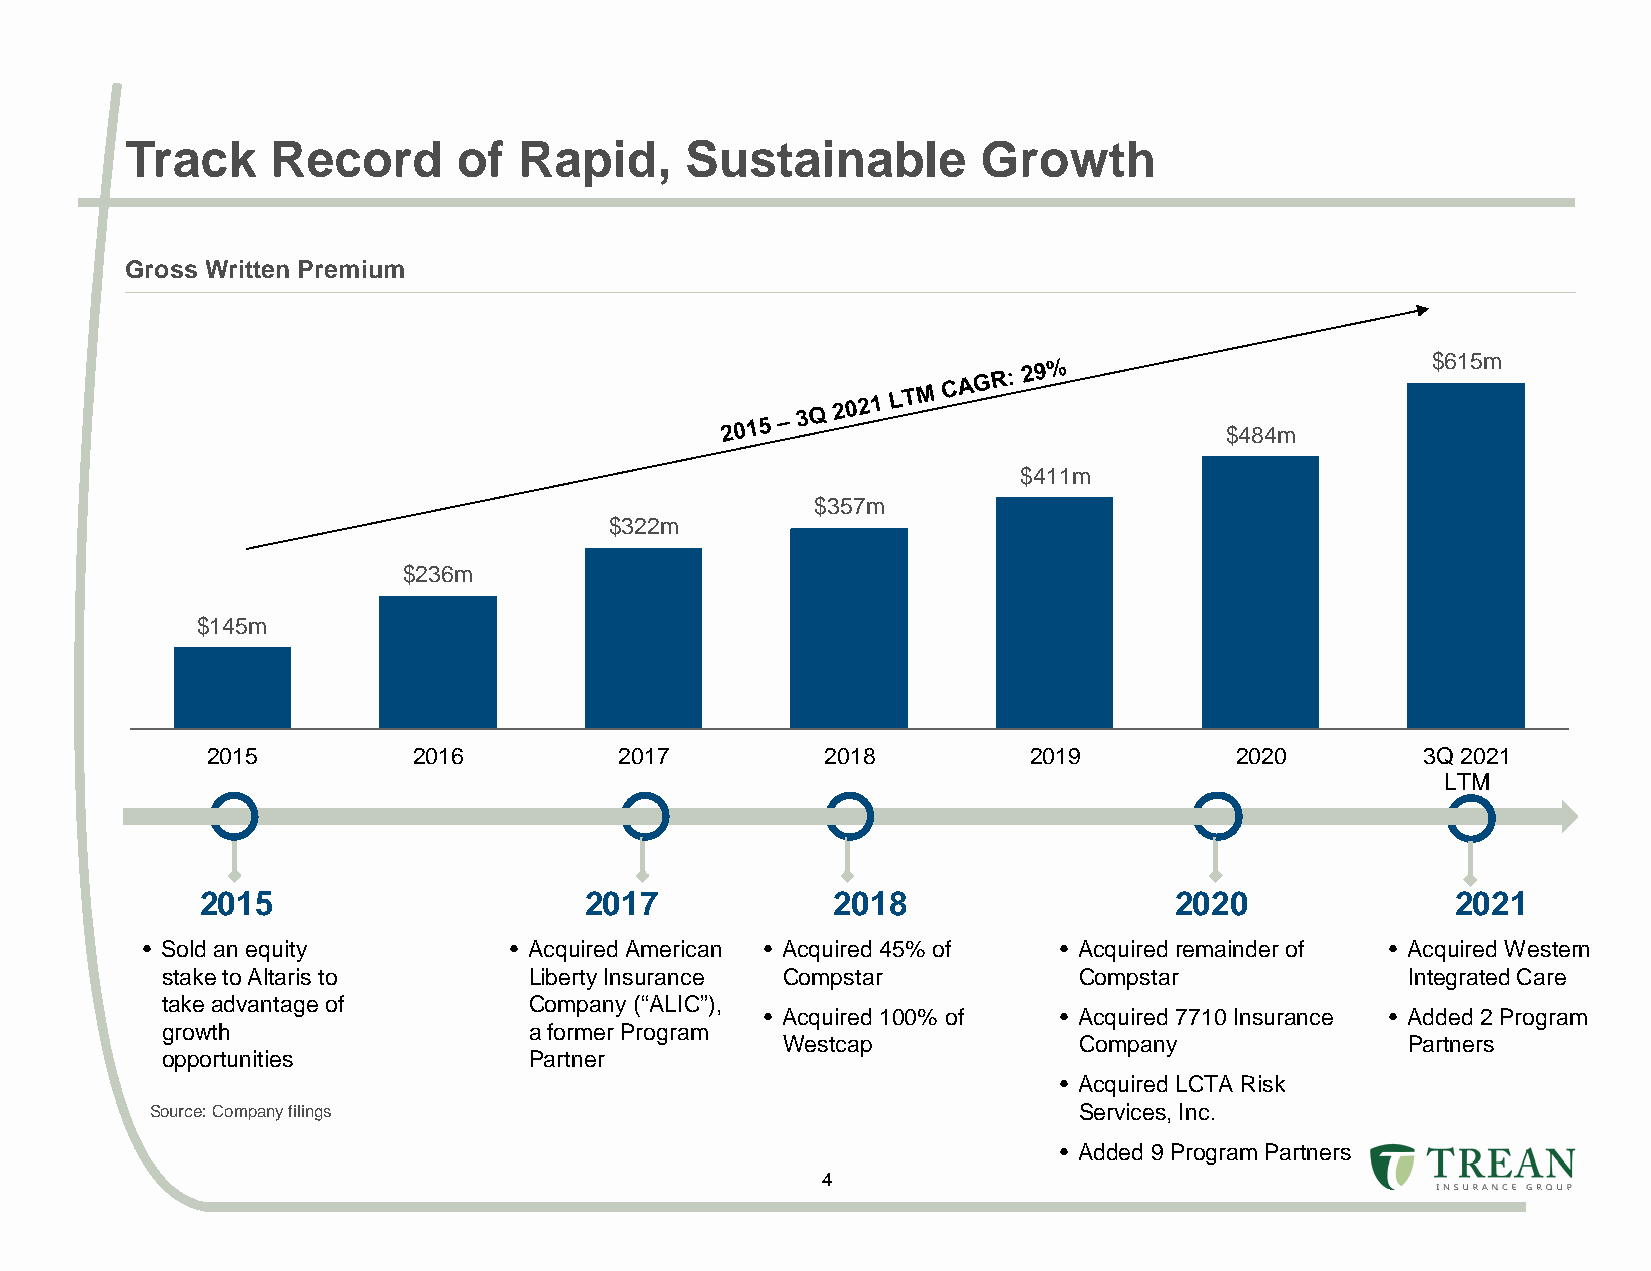
Track     Record      of  Rapid,     Sustainable         Growth
 Gross Written Premium
 $615m
 $484m
 $411m
 $357m
 $322m
 $236m
 $145m
 2015         2016          2017          2018         2019          2020        3Q 2021
 LTM
 2015                      2017            2018                   2020              2021
 • Sold an equity         • Acquired American • Acquired 45% of • Acquired remainder of • Acquired Western
 stake to Altaris to     Liberty Insurance Compstar          Compstar              Integrated Care
 take advantage of       Company (“ALIC”),
 • Acquired 100% of • Acquired 7710 Insurance • Added 2 Program
 growth                  a former Program
 Westcap            Company               Partners
 opportunities           Partner
 • Acquired LCTA Risk
 Source: Company filings                                      Services, Inc.
 • Added 9 Program Partners
 4